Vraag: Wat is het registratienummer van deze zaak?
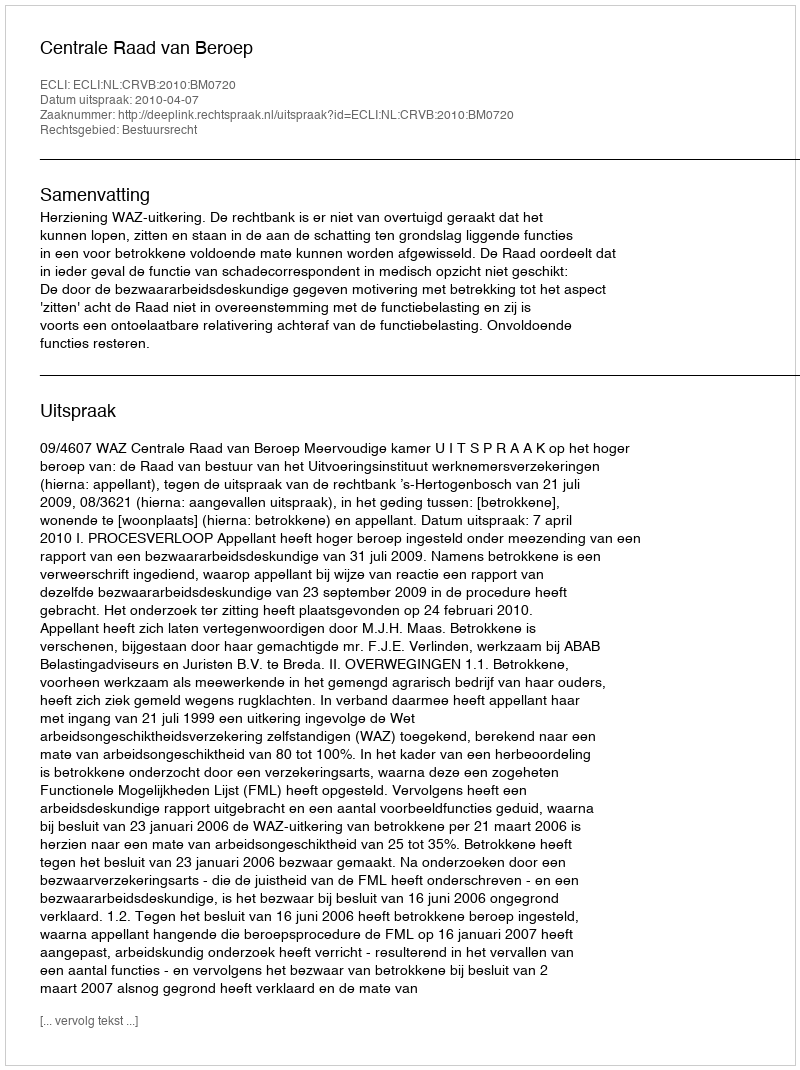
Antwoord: http://deeplink.rechtspraak.nl/uitspraak?id=ECLI:NL:CRVB:2010:BM0720